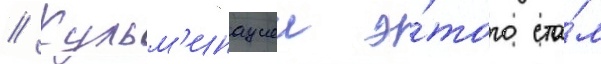
// Кульм'инациеи э́того ста́л